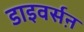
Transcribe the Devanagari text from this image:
डाइवर्सऩ